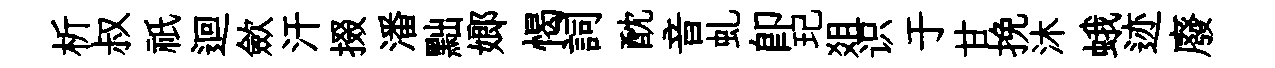
析叔祇迴歛汗掇潘黜嫏愒詞酖音虬卽玘爼识于甘挽沐蛾迹廢